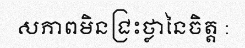
សភាពមិនជ្រះថ្លានៃចិត្ត :